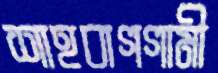
শাহবাগগামী